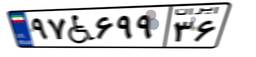
۶۶W۲۹۱۳۹